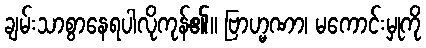
ချမ်းသာစွာနေရပါလိုကုန်၏။ ဗြာဟ္မဏာ၊ မကောင်းမှုကို